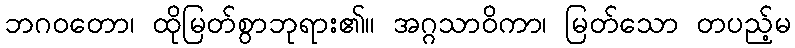
ဘဂဝတော၊ ထိုမြတ်စွာဘုရား၏။ အဂ္ဂသာဝိကာ၊ မြတ်သော တပည့်မ